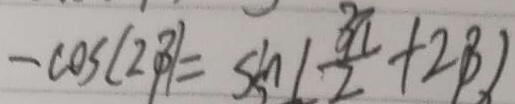
- \cos ( 2 \beta ) = \sin ( \frac { 3 \pi } { 2 } + 2 \beta )